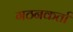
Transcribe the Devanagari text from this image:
गठनकर्ता